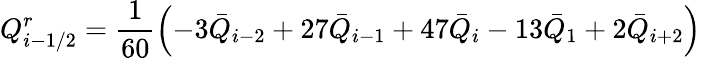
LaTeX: Q_{i-1/2}^{r}=\frac{1}{60}\left(-3{{{\bar{Q}}}_{i-2}}+27{{{\bar{Q}}}_{i-1}}+47{{{\bar{Q}}}_{i}}-13{{{\bar{Q}}}_{1}}+2{{{\bar{Q}}}_{i+2}}\right)